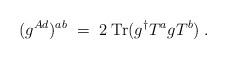
LaTeX: \begin{align*}(g^{Ad})^{a b} \; = \; 2 \; \mbox{Tr} ( g^\dagger T^a g T^b ) \; .\end{align*}